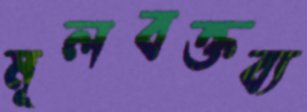
মূলবক্তব্য